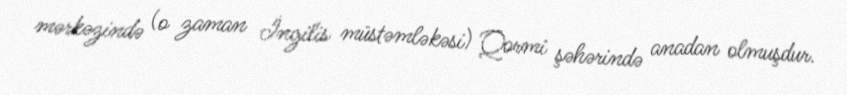
mərkəzində (o zaman İngilis müstəmləkəsi) Qormi şəhərində anadan olmuşdur.